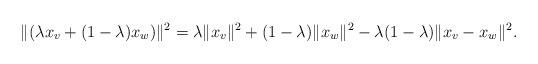
LaTeX: \begin{align*} \|(\lambda x_v + (1-\lambda)x_w)\|^2=\lambda\|x_v\|^2 +(1-\lambda)\|x_w\|^2-\lambda(1-\lambda)\|x_v-x_w\|^2.\end{align*}